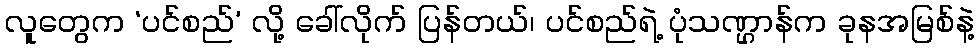
လူတွေက ‘ပင်စည်’ လို့ ခေါ်လိုက် ပြန်တယ်၊ ပင်စည်ရဲ့ ပုံသဏ္ဌာန်က ခုနအမြစ်နဲ့